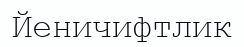
Йеничифтлик